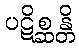
ပဋိစ္ဆန္တိ